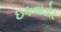
ઇકવાડોર